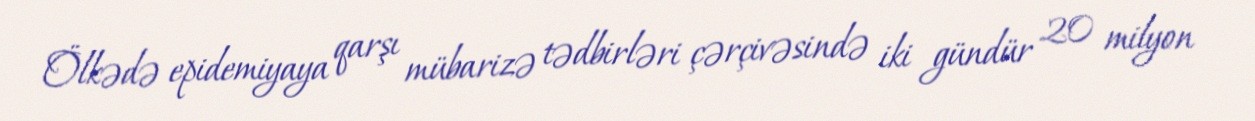
Ölkədə epidemiyaya qarşı mübarizə tədbirləri çərçivəsində iki gündür 20 milyon